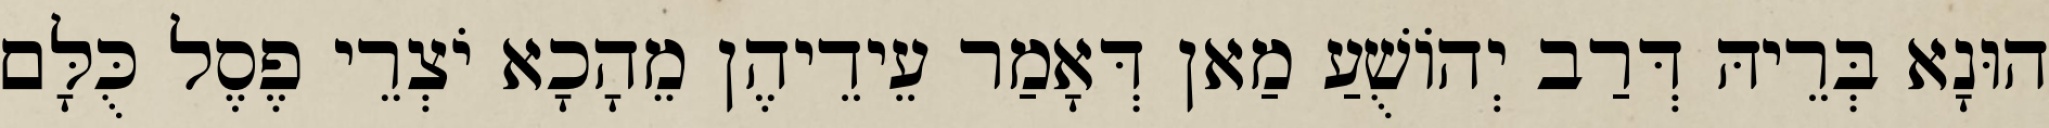
הוּנָא בְּרֵיהּ דְּרַב יְהוֹשֻׁעַ מַאן דְּאָמַר עֵידֵיהֶן מֵהָכָא יֹצְרֵי פֶסֶל כֻּלָּם